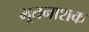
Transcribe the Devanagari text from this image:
भूतनाशक